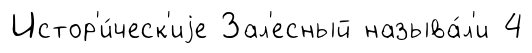
Истор'и́ческ'иjе Зал'есный называ́л'и 4